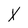
Character: X